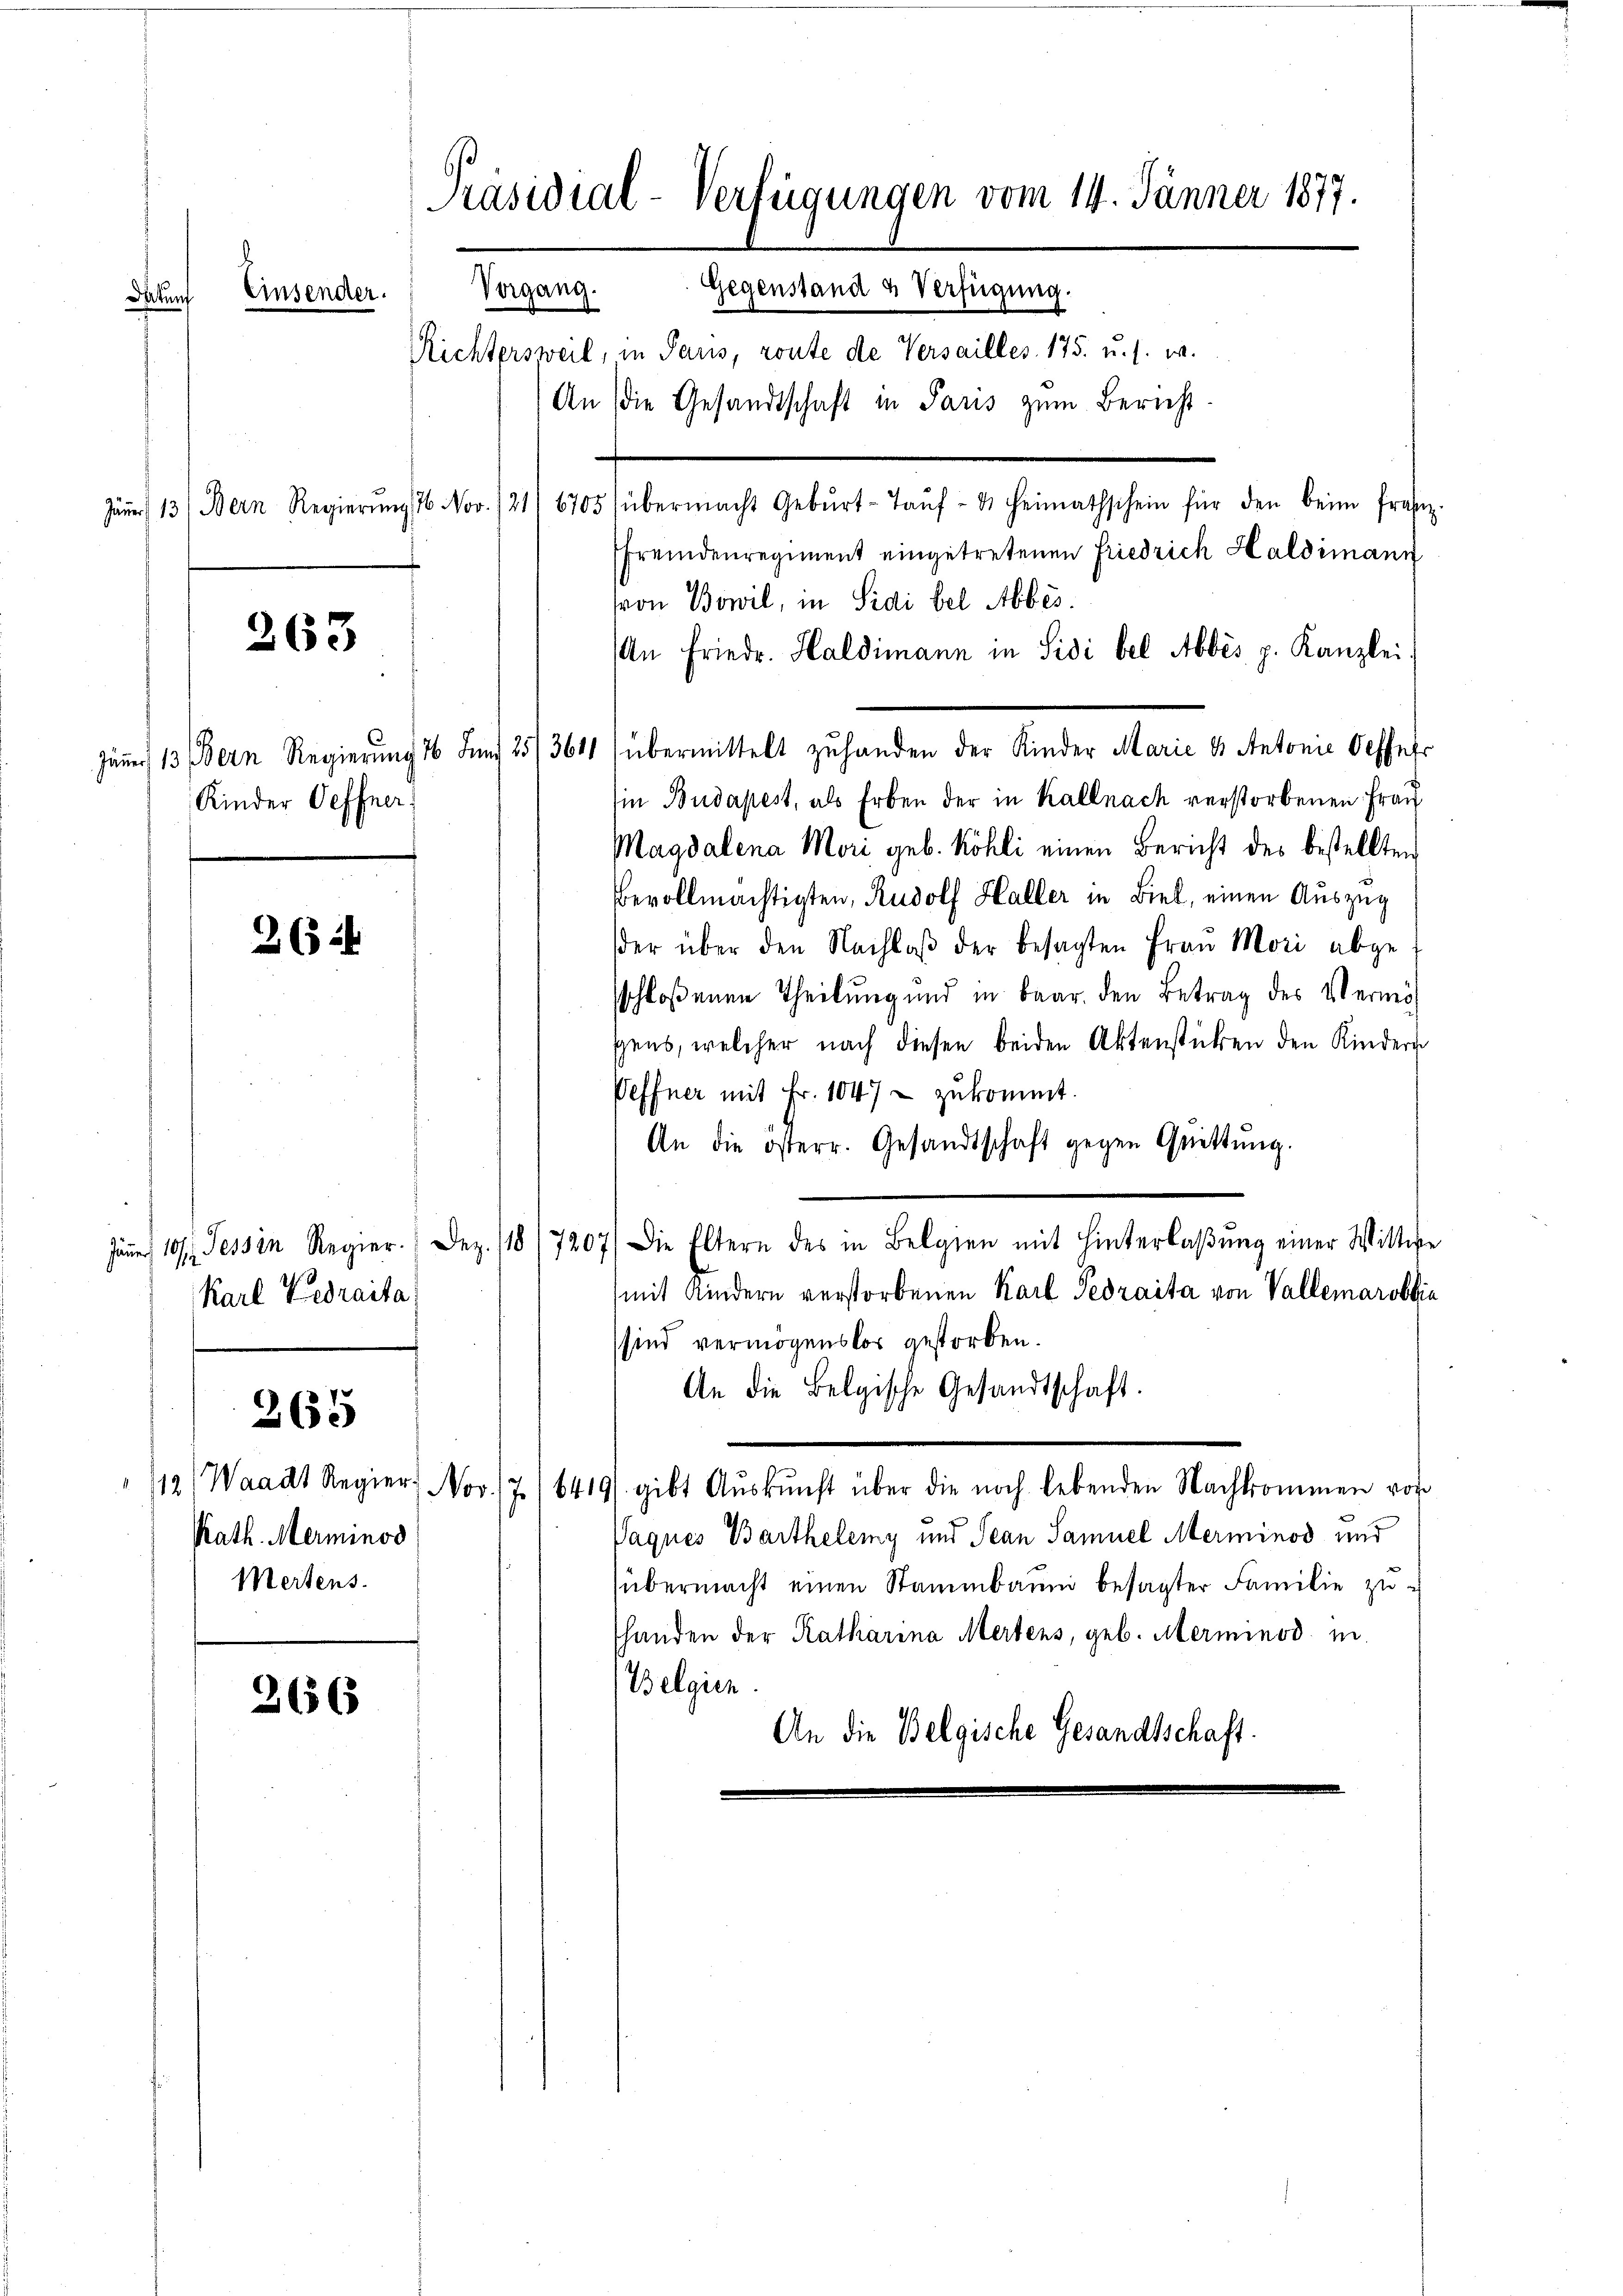
Präsidial-Verfügungen vom 14. Jänner 1877.
Gegenstand u Verfügung.
Einsender.
Datum
Richtersweil, in Paus, route de Versailles 175. u. s. w.
An die Gesandtschaft in Paris zŭm Bericht-
Jäṅer 13 (Bern Regierŭng 16 Nov. 121) 6705 (übermacht Gebŭrt-Taŭf- & Heimathschein für den beim franz.

263

Kinder Oeffner

26

Karl Gedraita

365

Kath. Merminos
Mertens.

266

Fremdenregiment eingetretenen Friedrich Haldimann
von Bowil, in Sidi bel Abbes.
An Friedr. Haldimann in Sidi bel Abbés p. Kanzlei-
Jäner 13 Bern Regierŭng 16 Juni 25/364 (übermittelt zŭ handen der Kinder Marie & Antonie Oeffer
Ein Budapest, als Erben der in Kallnach verstorbenen Frau
Magdalena Mori geb. Köhli einen Bericht des bestellten
Bevollmächtigten, Rudolf Haller in Biel, einen Auszug
der über den Nachlaβ der besagten Frau Mori abge
sschloßenen Theilung und in Baar. den Betrag des Vermögens, welcher nach diesen beiden Aktenstücken den Kindern
Peffner mit Fr. 1047 - zukommt.
An die österr. Gesandtschaft gegen Quittŭng.
Jäṅer 10/1, Tessin Regier. (Dez. 118/7207) Die Eltern des in Belgien mit Hinterlaβŭng einer Wittwe
(mit Kindern verstorbenen Karl Pedraita von Vallemarobbia
sind vermögenslos gestorben.
An die Belgische Gesandtschaft.
12) Waadt Regier. Nov. 17 (1419/. gibt Aŭskŭnft über die noch lebenden Nachkommen vor
Paques Barthelemy und Jean Samuel Merminod und
übermacht einen Stammbaum besagter Familie zu
shanden der Katharina Mertens, geb. Merminod m
Belgien.
An die Belgische Gesandtschaft.

Vorgang.